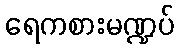
ရေကစားမဏ္ဍပ်